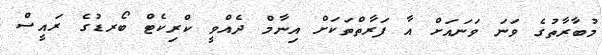
މުބާރާތުގެ ވަނަ ވަނައަށް އާ ފަރާތްތަކަށް އިނާމް ދެއްވީ ކްރިކެޓް ބޯރޑުގެ ރައީސް